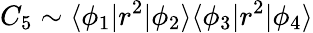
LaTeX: C_{5}\sim\langle\phi_{1}|r^{2}|\phi_{2}\rangle\langle\phi_{3}|r^{2}|\phi_{4}\rangle